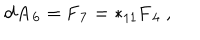
\mathbf { d A _ { 6 } } = \mathbf { F _ { 7 } } = * _ { 1 1 } \mathbf { F _ { 4 } } \ ,